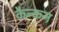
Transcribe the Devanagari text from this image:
कैन्कन